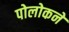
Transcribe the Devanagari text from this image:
पोलोकने